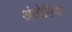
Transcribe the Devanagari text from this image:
अंतोलिया